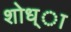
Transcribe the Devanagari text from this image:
शोध्ा